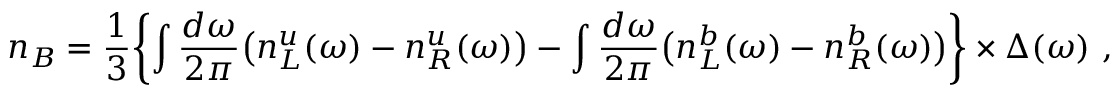
n _ { B } = { \frac { 1 } { 3 } } \biggl \{ \int { \frac { d \omega } { 2 \pi } } \bigl ( n _ { L } ^ { u } ( \omega ) - n _ { R } ^ { u } ( \omega ) \bigr ) - \int { \frac { d \omega } { 2 \pi } } \bigl ( n _ { L } ^ { b } ( \omega ) - n _ { R } ^ { b } ( \omega ) \bigr ) \biggr \} \times \Delta ( \omega ) \ ,